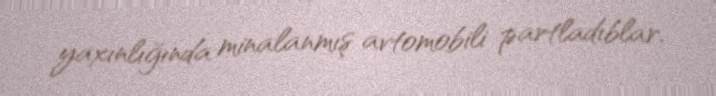
yaxınlığında minalanmış avtomobili partladıblar.